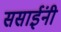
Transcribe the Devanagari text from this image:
ससाईंनी